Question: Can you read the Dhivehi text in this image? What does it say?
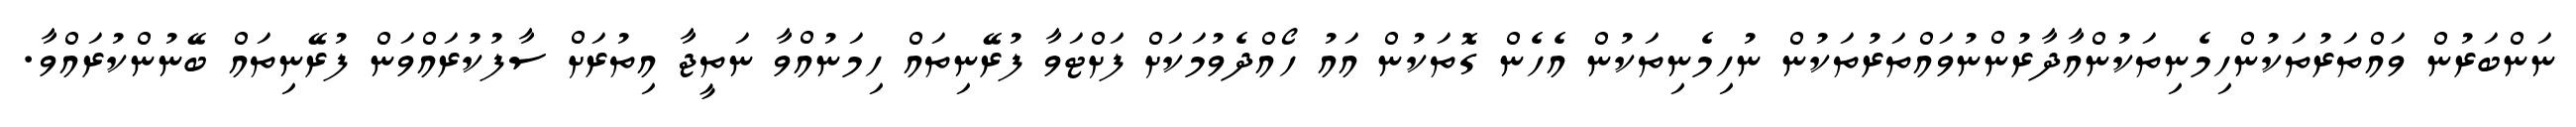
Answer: ނަންބަރުން ވައްތަރުތަކުންހިމެނިތަކުންއާދާރުންނުވައްތަރުތަކުން ނުހިމެނިތަކުން އެހެން ގޮތަކުން އައު ހޯއްދެވުމަކަށް ފަށްޓަވާ ފުރޭނިތައް ހިމަނުއްވާ ނަތީޖާ އިތުރަށް ސާފުކުރައްވަން ފުރޭނިތައް ބޭނުންކުރައްވާ.